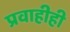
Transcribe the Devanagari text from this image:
प्रवाहीही